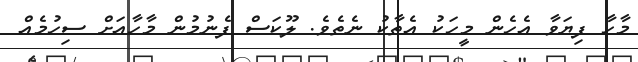
މާހާ ފިޔަވާ އެހެން މީހަކު އެތާކު ނެތެވެ. ލޫކަސް ފެނުމުން މާހާއަށް ސިހުމެއް